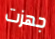
جهزت